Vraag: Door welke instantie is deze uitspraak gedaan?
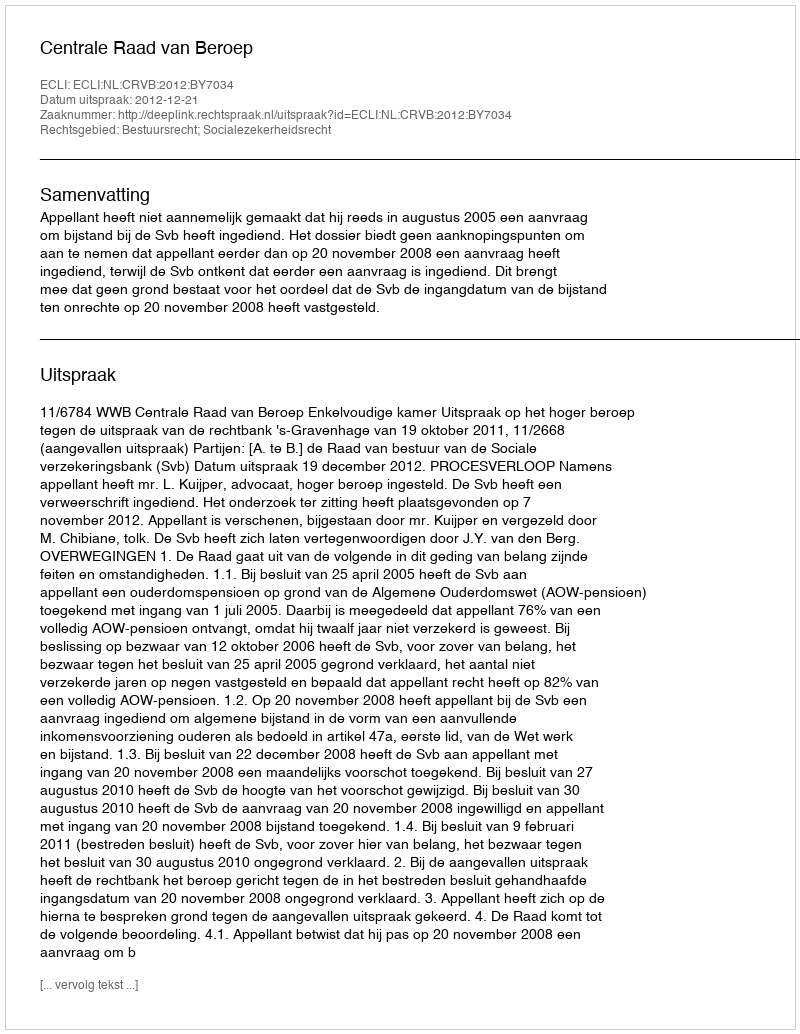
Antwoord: Centrale Raad van Beroep